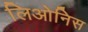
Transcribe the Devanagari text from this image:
लिओनिस